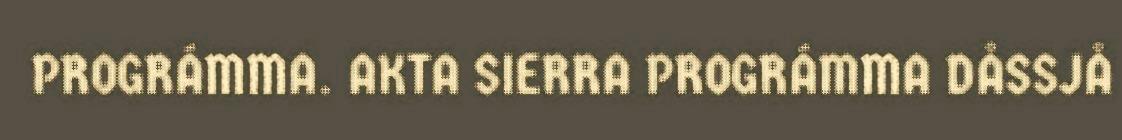
PROGRÁMMA. AKTA SIERRA PROGRÁMMA DÅSSJÅ